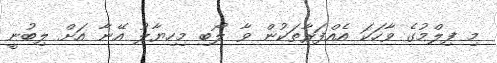
މި ފިލްމުގެ ވާހަކަ އެއްފަރާތަކުން ވާ ލޯބި މިހިޔާލު އޭނާ އަށް ލިބުނީ